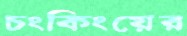
চংকিংয়ের